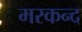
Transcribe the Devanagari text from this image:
मरकन्द